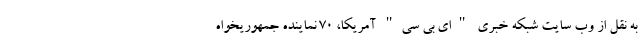
به نقل از وب سایت شبکه خبری "ای بی سی" آمریکا، 70 نماینده جمهوریخواه